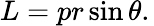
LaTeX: L=pr\sin\theta.\,